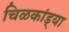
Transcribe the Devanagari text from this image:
चिळकांड्या